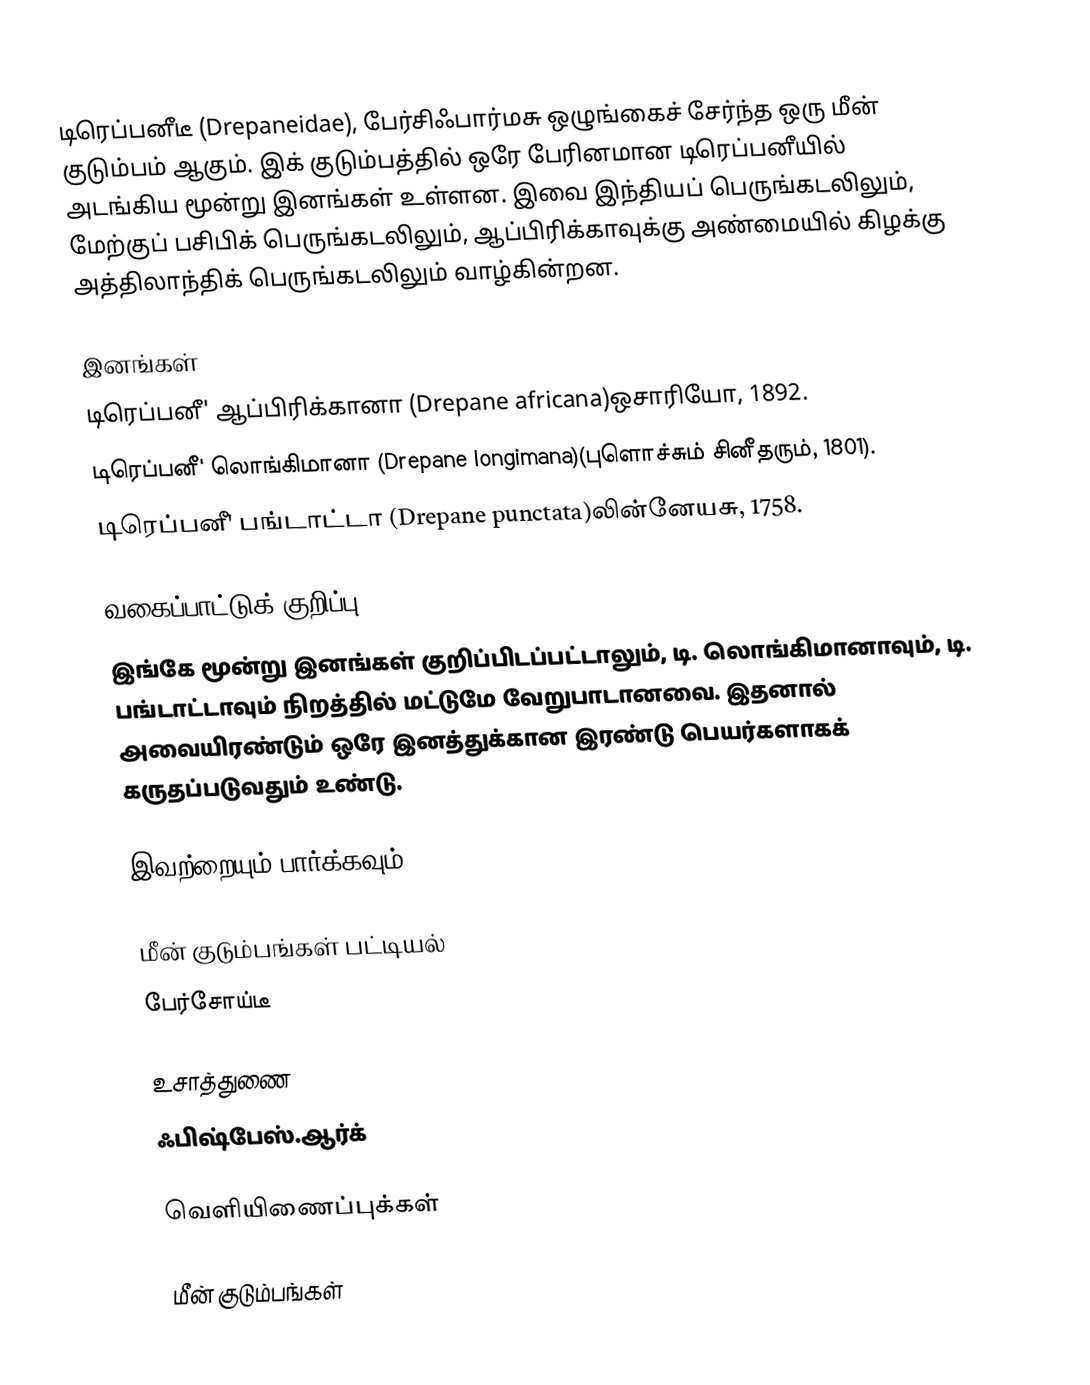
டிரெப்பனீடீ (Drepaneidae), பேர்சிஃபார்மசு ஒழுங்கைச் சேர்ந்த ஒரு மீன் குடும்பம் ஆகும். இக் குடும்பத்தில் ஒரே பேரினமான டிரெப்பனீயில் அடங்கிய மூன்று இனங்கள் உள்ளன. இவை இந்தியப் பெருங்கடலிலும், மேற்குப் பசிபிக் பெருங்கடலிலும், ஆப்பிரிக்காவுக்கு அண்மையில் கிழக்கு அத்திலாந்திக் பெருங்கடலிலும் வாழ்கின்றன.

இனங்கள்
 டிரெப்பனீ' ஆப்பிரிக்கானா (Drepane africana)ஒசாரியோ, 1892.
 டிரெப்பனீ' லொங்கிமானா (Drepane longimana)(புளொச்சும் சினீதரும், 1801).
 டிரெப்பனீ' பங்டாட்டா (Drepane punctata)லின்னேயசு, 1758.

வகைப்பாட்டுக் குறிப்பு
இங்கே மூன்று இனங்கள் குறிப்பிடப்பட்டாலும், டி. லொங்கிமானாவும், டி. பங்டாட்டாவும் நிறத்தில் மட்டுமே வேறுபாடானவை. இதனால் அவையிரண்டும் ஒரே இனத்துக்கான இரண்டு பெயர்களாகக் கருதப்படுவதும் உண்டு.

இவற்றையும் பார்க்கவும்

 மீன் குடும்பங்கள் பட்டியல்
 பேர்சோய்டீ

உசாத்துணை
 ஃபிஷ்பேஸ்.ஆர்க்

வெளியிணைப்புக்கள்

மீன் குடும்பங்கள்